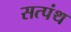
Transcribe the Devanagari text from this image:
सत्पंथ